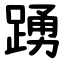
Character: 踴